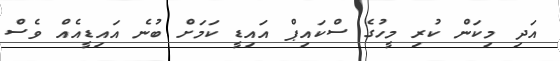
އަދި މިކަން ކުރި މީހުގެ ސްކައިޕް އައިޑީ ކަމަށް ބުނެ އައިޑީއެއް ވެސް